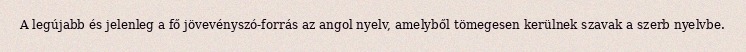
A legújabb és jelenleg a fő jövevényszó-forrás az angol nyelv, amelyből tömegesen kerülnek szavak a szerb nyelvbe.